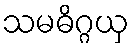
သမဓိဂ္ဂယှ